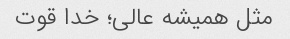
مثل همیشه عالی؛ خدا قوت